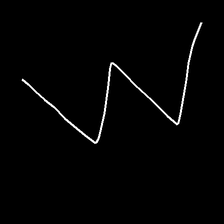
Glyph: crush